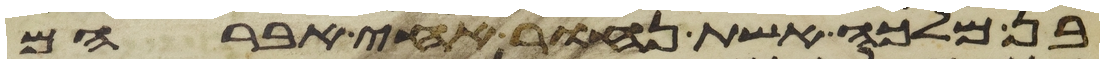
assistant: בן מלכה אשת נחור אחי אברהם